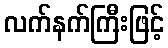
လက်နက်ကြီးဖြင့်